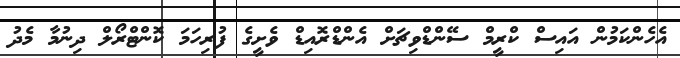
އެހެންކަމުން އައިސް ކްރީމް ސޭންޑްވިޗަށް އެންޑްރޮއިޑް ވެށީގެ ފުރިހަމަ ކޮންޓްރޯލް ދިނުމާ މެދު